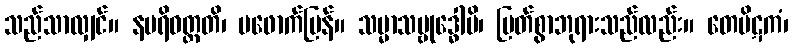
သည်သာလျှင်။ နပရိဝတ္တတိ၊ မဖောက်ပြန်။ သမ္မာသမ္ဗုဒ္ဓေါပိ၊ မြတ်စွာဘုရားသည်လည်း။ တေပိဋကံ၊